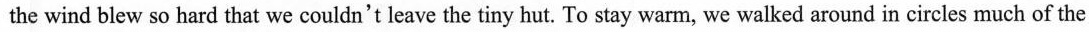
the wind blew so hard that we couldn't leave the tiny hut. To stay warm, we walked around in circles much of